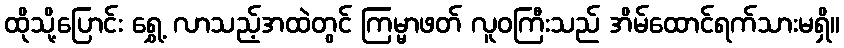
ထိုသို့ပြောင်း ရွှေ့ လာသည့်အထဲတွင် ကြမ္မာဖတ် လူဝကြီးသည် အိမ်ထောင်ရက်သားမရှိ။